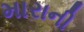
મારાની